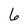
Character: 6